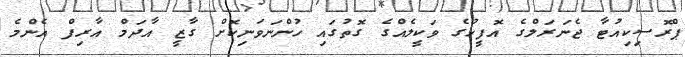
ޕްރޮސިކިއުޓާ ޖެނަރަލްގެ އޮފީހުގެ ވަކީލެއްގެ ގޮތުގައި ހުންނަވަނިކޮށް ގާޒީ އާދަމް އާރިފް އެންމެ